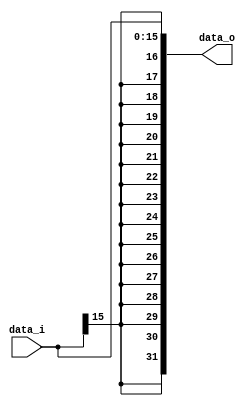
//Subject:     CO project 2 - Sign extend
//--------------------------------------------------------------------------------
//Version:     1
//--------------------------------------------------------------------------------
//Writer:      
//----------------------------------------------
//Date:        
//----------------------------------------------
//Description: 
//--------------------------------------------------------------------------------

module Sign_Extend(
    data_i,
    data_o
    );
               
//I/O ports
input   [16-1:0] data_i;
output  [32-1:0] data_o;

//Internal Signals
reg     [32-1:0] data_o;

//Sign extended
//Main function
always @(data_i) begin
    data_o[ 0]<=data_i[ 0]; data_o[ 1]<=data_i[ 1]; data_o[ 2]<=data_i[ 2]; data_o[ 3]<=data_i[ 3];
    data_o[ 4]<=data_i[ 4]; data_o[ 5]<=data_i[ 5]; data_o[ 6]<=data_i[ 6]; data_o[ 7]<=data_i[ 7];
    data_o[ 8]<=data_i[ 8]; data_o[ 9]<=data_i[ 9]; data_o[10]<=data_i[10]; data_o[11]<=data_i[11];
    data_o[12]<=data_i[12]; data_o[13]<=data_i[13]; data_o[14]<=data_i[14]; data_o[15]<=data_i[15];
    data_o[16]<=data_i[15]; data_o[17]<=data_i[15]; data_o[18]<=data_i[15]; data_o[19]<=data_i[15];
    data_o[20]<=data_i[15]; data_o[21]<=data_i[15]; data_o[22]<=data_i[15]; data_o[23]<=data_i[15]; 
    data_o[24]<=data_i[15]; data_o[25]<=data_i[15]; data_o[26]<=data_i[15]; data_o[27]<=data_i[15]; 
    data_o[28]<=data_i[15]; data_o[29]<=data_i[15]; data_o[30]<=data_i[15]; data_o[31]<=data_i[15];
end
endmodule